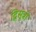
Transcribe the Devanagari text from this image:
द्विसूत्री